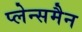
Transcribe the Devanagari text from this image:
प्लेन्समैन